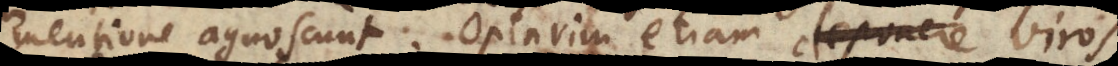
mentione recognoscunt. Optarim etiam, viros